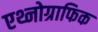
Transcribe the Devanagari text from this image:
एथ्नोग्राफिक